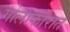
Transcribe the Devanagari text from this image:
गोलाकारात